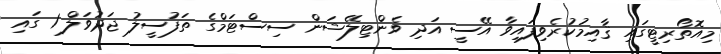
މިއޮތޯރިޓީގައި ޤާއިމުކުރެވިފައިވާ އޭސީ އަދި ވެންޓިލޭޝަން ސިސްޓަމްގެ ތަފުސީލު ޖަދުވަލް 1 ގައި